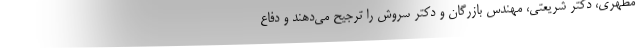
مطهری، دکتر شریعتی، مهندس بازرگان و دکتر سروش را ترجیح می‌دهند و دفاع